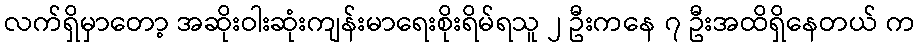
လက်ရှိမှာတော့ အဆိုးဝါးဆုံးကျန်းမာရေးစိုးရိမ်ရသူ ၂ ဦးကနေ ၇ ဦးအထိရှိနေတယ် က